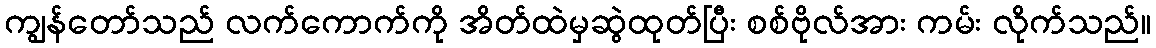
ကျွန်တော်သည် လက်ကောက်ကို အိတ်ထဲမှဆွဲထုတ်ပြီး စစ်ဗိုလ်အား ကမ်း လိုက်သည်။